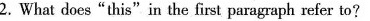
2.What does"this"in the first paragraph refer to?